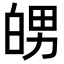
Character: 𤽲